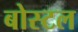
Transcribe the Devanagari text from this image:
बोस्टल